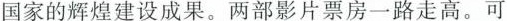
国家的辉煌建设成果。两部影片票房一路走高。可